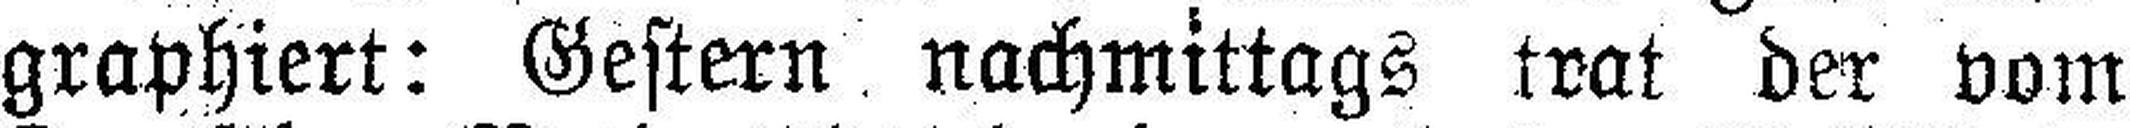
graphiert: Gestern nachmittags trat der vom